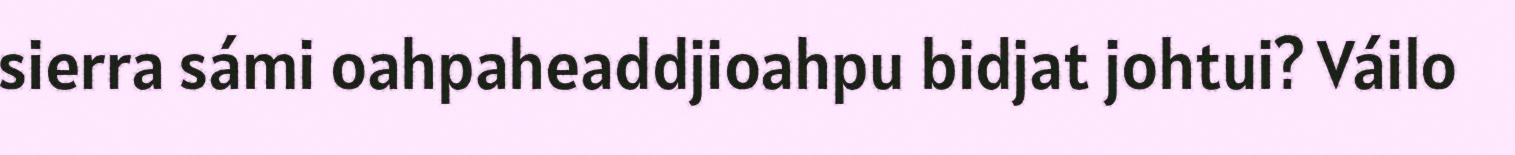
sierra sámi oahpaheaddjioahpu bidjat johtui? Váilo